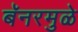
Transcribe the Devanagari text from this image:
बॅनरमुळे